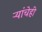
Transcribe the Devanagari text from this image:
ऱ्यांचेही